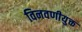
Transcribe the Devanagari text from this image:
विनवणीयुक्त